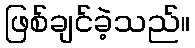
ဖြစ်ချင်ခဲ့သည်။